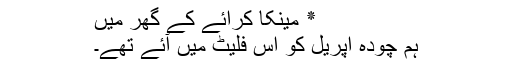
٭ مینکا کرائے کے گھر میں
ہم چودہ اپریل کو اس فلیٹ میں آئے تھے۔